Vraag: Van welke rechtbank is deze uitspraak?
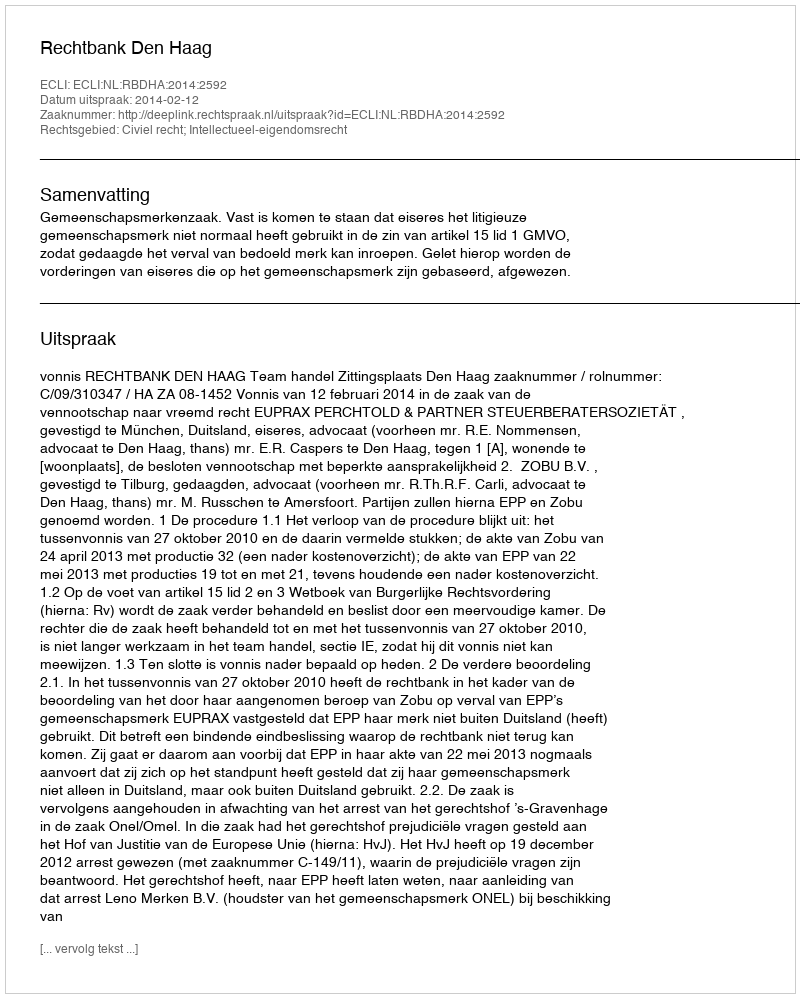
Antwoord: Rechtbank Den Haag